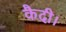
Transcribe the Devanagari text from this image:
कैदी।